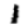
Digit: 1